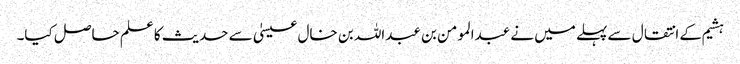
ہشیم کے انتقال سے پہلے میں نے عبدالمومن بن عبداللہ بن خال عیسیٰ سے حدیث کا علم حاصل کیا۔